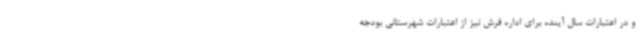
و در اعتبارات سال آینده برای اداره فرش نیز از اعتبارات شهرستانی بودجه